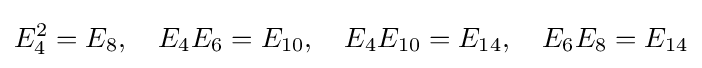
E_{4}^{2}=E_{8},\quad E_{4}E_{6}=E_{10},\quad E_{4}E_{10}=E_{14},\quad E_{6}E_{8}=E_{14}